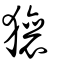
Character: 獽